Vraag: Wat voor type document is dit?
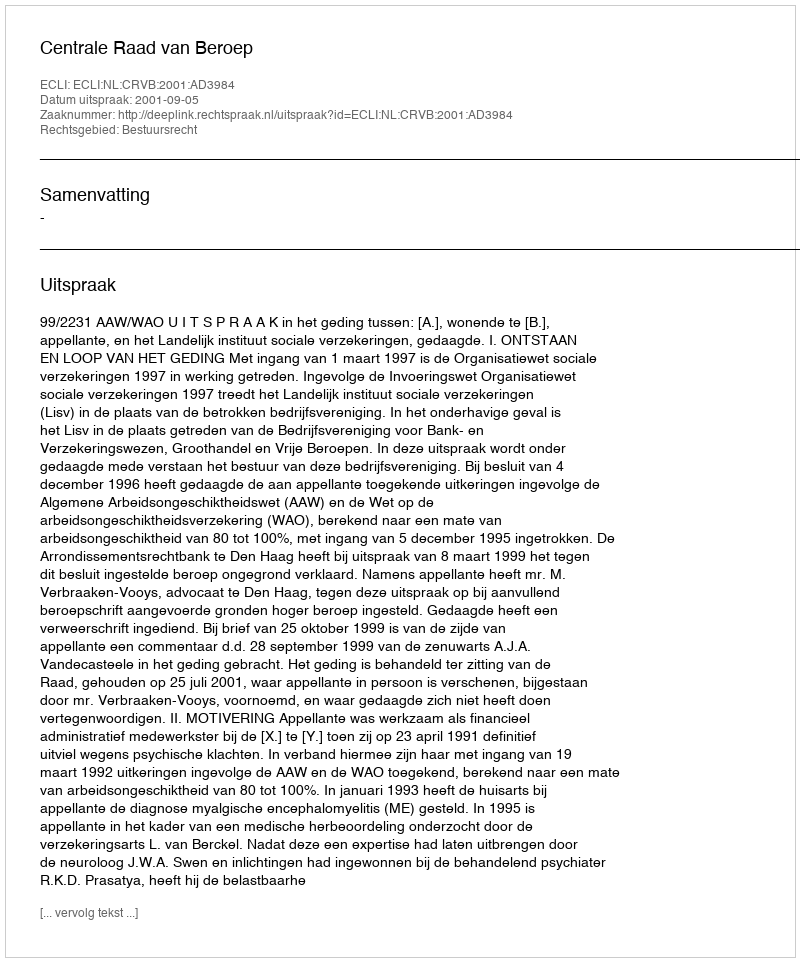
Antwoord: Uitspraak